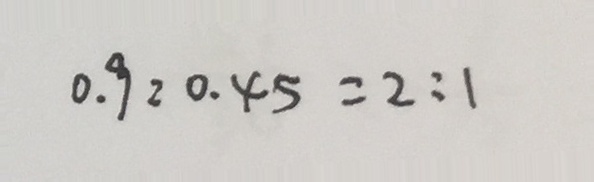
0 . 9 : 0 . 4 5 = 2 : 1